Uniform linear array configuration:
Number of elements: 8
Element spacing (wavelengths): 0.5
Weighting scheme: exponential
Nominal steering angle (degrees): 0
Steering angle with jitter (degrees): -1.123
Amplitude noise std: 0.05
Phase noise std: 0.05

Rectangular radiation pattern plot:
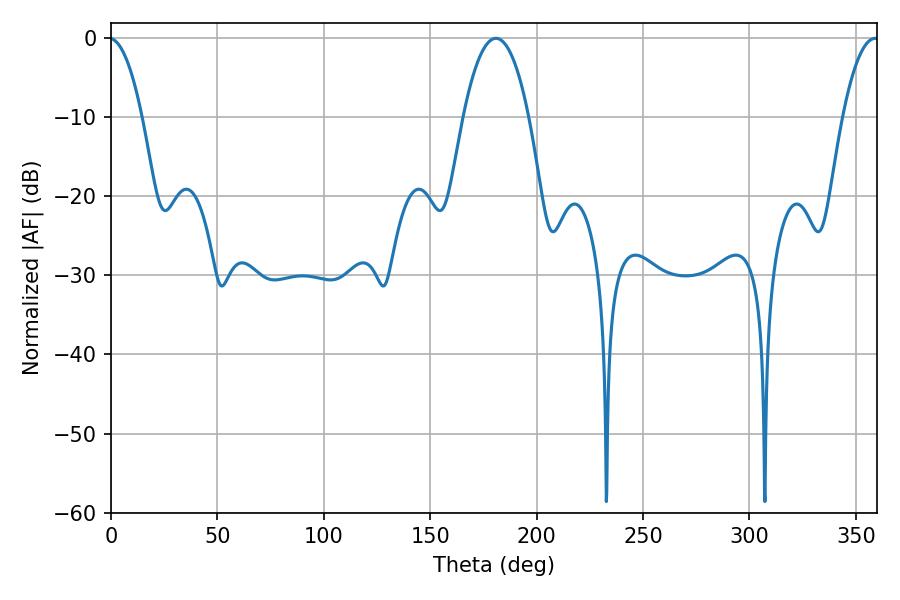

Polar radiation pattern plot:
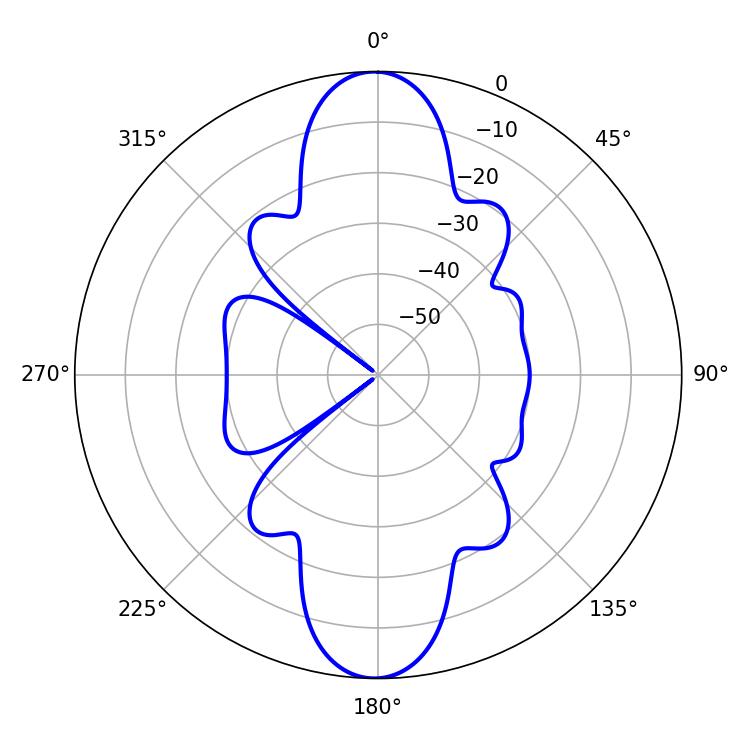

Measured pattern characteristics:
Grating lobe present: FALSE
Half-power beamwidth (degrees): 17.1
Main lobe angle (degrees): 180.9